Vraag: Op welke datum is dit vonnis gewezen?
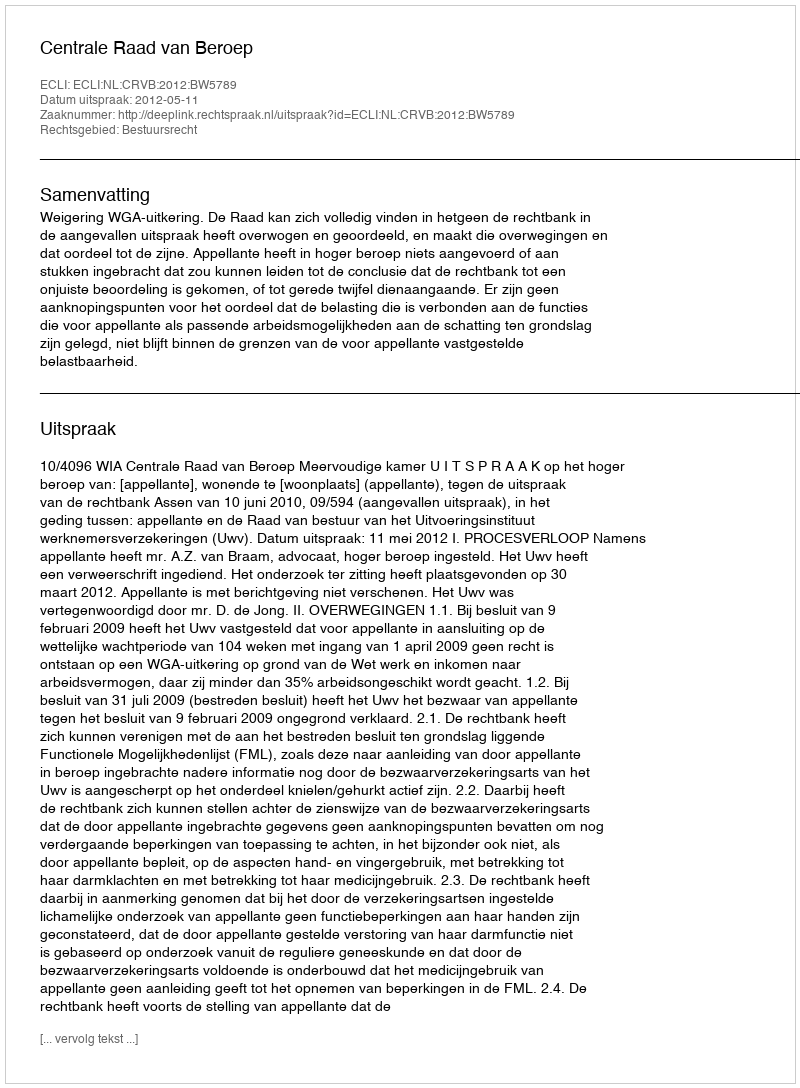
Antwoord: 2012-05-11